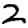
Digit: 2